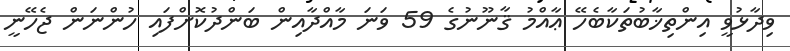
ވިދާޅުވީ އިންތިޚާބުތަކާބެހޭ ޢާއްމު ޤާނޫނުގެ 59 ވަނަ މާއްދާއިން ބަންދުކޮށްފައި ހުންނަން ޖެހޭނީ